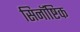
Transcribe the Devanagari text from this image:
सिनॉष्टिक